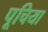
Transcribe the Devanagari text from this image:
पूचिया